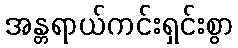
အန္တရာယ်ကင်းရှင်းစွာ